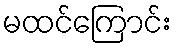
မထင်ကြောင်း